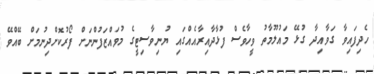
ހެދިފައިވާ ގަވާއިދާ ގުޅޭ މައުލޫމާތު ވީހާވެސް ފުޅާދާއިރާއެއްގައި ޔުނިވާސިޓީގެ މުވައްޒަފުންނަށް ފޯރުކޮށްދިނުމަށް ބޭއްވޭ